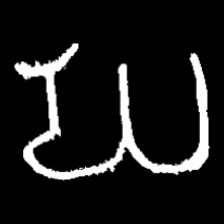
Pyu character \u2014 Myanmar letter: ဃ (romanized: gha)